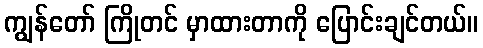
ကျွန်တော် ကြိုတင် မှာထားတာကို ပြောင်းချင်တယ်။